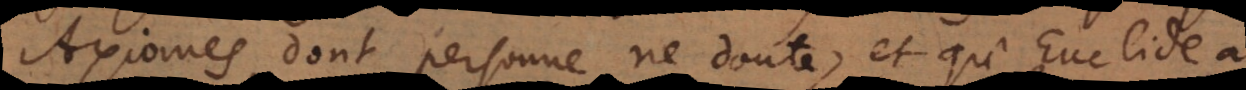
Axiomes, dont personne ne doute, et qu’Euclide a